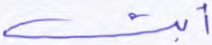
أبت